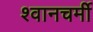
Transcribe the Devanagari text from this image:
श्वानचर्मी